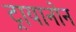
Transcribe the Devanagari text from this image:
ट्रायानोन